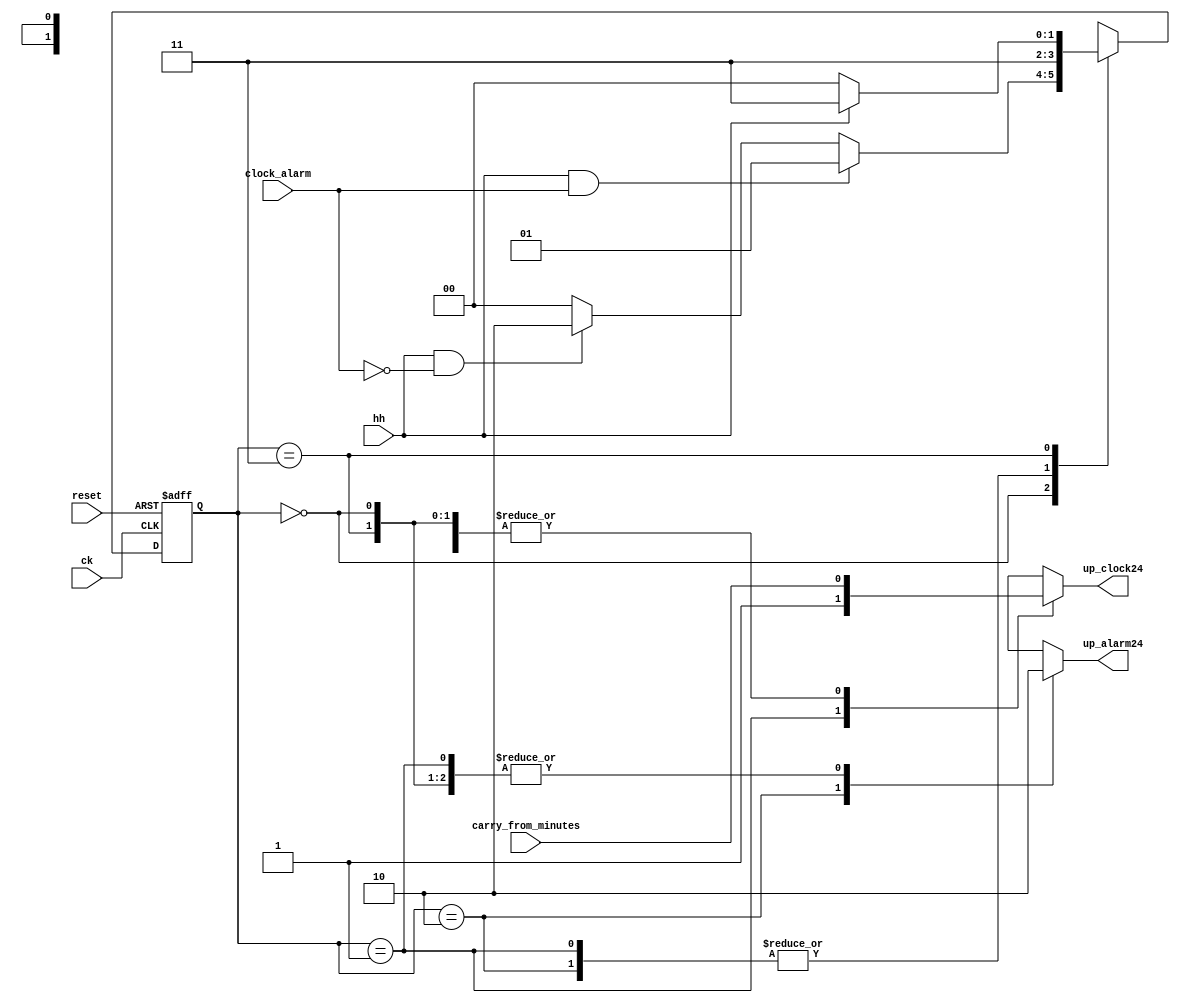
`timescale 1ns/1ps

module hh_control(
    input ck, reset,
    input hh,
    input clock_alarm, carry_from_minutes,
    output reg up_clock24, up_alarm24
);

    parameter [1:0]
        IDLE = 0,
        UP_CLOCK = 1,
        UP_ALARM = 2,
        WAIT = 3;
    reg [1:0] state, state_next;

    always @(posedge ck, posedge reset) begin
        if (reset) state <= IDLE;
        else state <= state_next;
    end

    always @(state, clock_alarm, hh) begin
        case (state)
            IDLE: begin
                if (hh && clock_alarm) state_next = UP_CLOCK;
                else if (hh && !clock_alarm) state_next = UP_ALARM;
                else state_next = IDLE;
            end
            UP_CLOCK: state_next = WAIT;
            UP_ALARM: state_next = WAIT;
            WAIT: begin
                if (hh) state_next = WAIT;
                else state_next = IDLE;
            end
            default: state_next = IDLE;
        endcase
    end

    always @(state, carry_from_minutes) begin
        case (state)
            IDLE: begin
                up_clock24 = carry_from_minutes;
                up_alarm24 = 0;
            end
            UP_CLOCK: begin
                up_clock24 = 1;
                up_alarm24 = 0;
            end
            UP_ALARM: begin
                up_clock24 = carry_from_minutes;
                up_alarm24 = 1;
            end
            WAIT: begin
                up_clock24 = carry_from_minutes;
                up_alarm24 = 0;
            end
            default: begin
                up_clock24 = carry_from_minutes;
                up_alarm24 = 0;
            end
        endcase
    end

endmodule